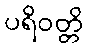
ပရိဝတ္တိ